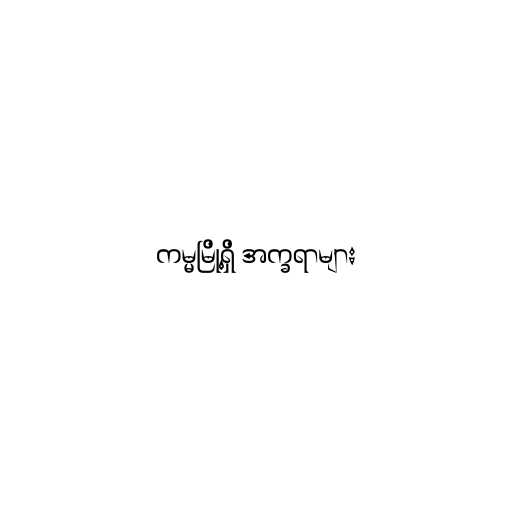
ကမ္မမြို့ရှိ အက္ခရာများ